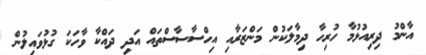
އާންމު ދިރިއުޅުމާ ހުރިހާ ދިމާލަކުން މަންޒަރާއި އިހްސާސާސްތައް އަދި ދައްކާ ވާހަކަ ގުޅުވައިލުން